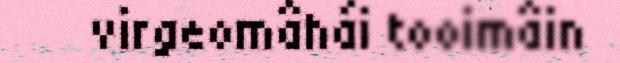
virgeomâhái tooimâin